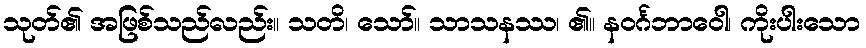
သုတ်၏ အဖြစ်သည်လည်း။ သတိ၊ သော်။ သာသနဿ၊ ၏။ နဝင်္ဂဘာဝေါ၊ ကိုးပါးသော